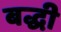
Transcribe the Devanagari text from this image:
बद्धी